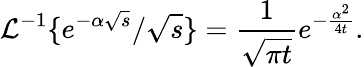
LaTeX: \mathcal{L}^{-1}\{ e^{-\alpha\sqrt{s}}/\sqrt{s}\} =\frac{1}{\sqrt{\pi t}}e^{-\frac{\alpha^{2}}{4t}}.